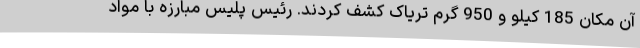
آن مکان 185 کیلو و 950 گرم تریاک کشف کردند. رئیس پلیس مبارزه با مواد